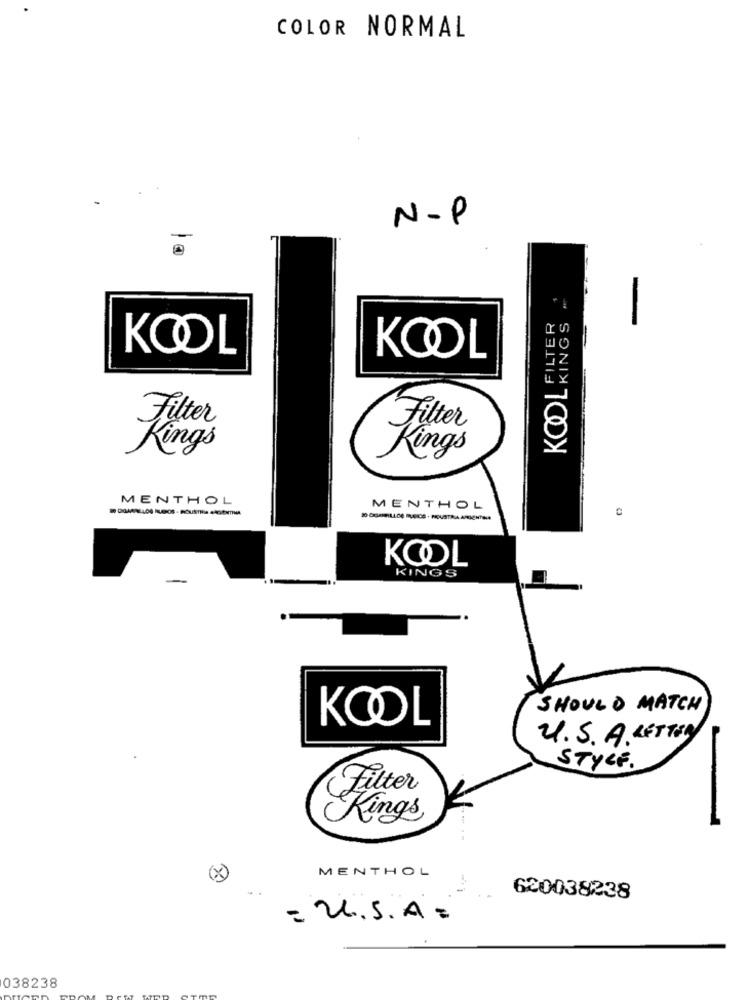
COLOR NORMAL
N-P
KOOLFINEE
KOOL
KOOL
Filter
King's
MENTHOL
MENTHOL
KOOL
KINGS
-
SHOULD MATCH
KOOL
U.S. A LETTER
STYLE.
-
MENTHOL
620038238
= U.S.A .
038238